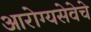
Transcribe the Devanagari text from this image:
आरोग्यसेवेचे